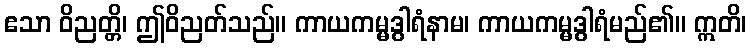
ဧသာ ဝိညတ္တိ၊ ဤဝိညတ်သည်။ ကာယကမ္မဒွါရံနာမ၊ ကာယကမ္မဒွါရံမည်၏။ ဣတိ၊